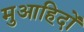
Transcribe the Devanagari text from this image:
मुआहिदों